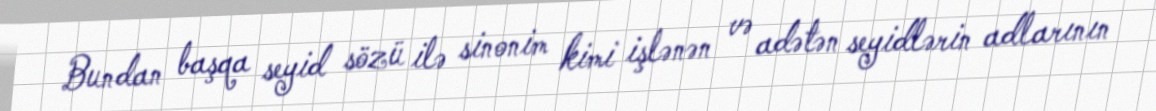
Bundan başqa seyid sözü ilə sinonim kimi işlənən və adətən seyidlərin adlarının